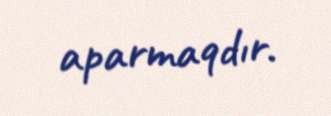
aparmaqdır.